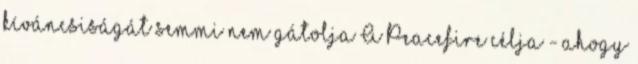
kíváncsiságát semmi nem gátolja A Peacefire célja - ahogy